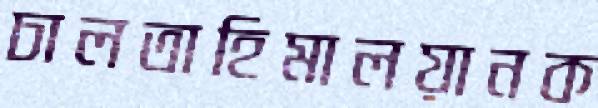
চালতাহিমালয়ানক